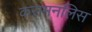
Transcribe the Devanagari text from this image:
करामनलिस